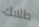
طلابك